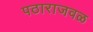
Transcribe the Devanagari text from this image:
पठाराजवळ